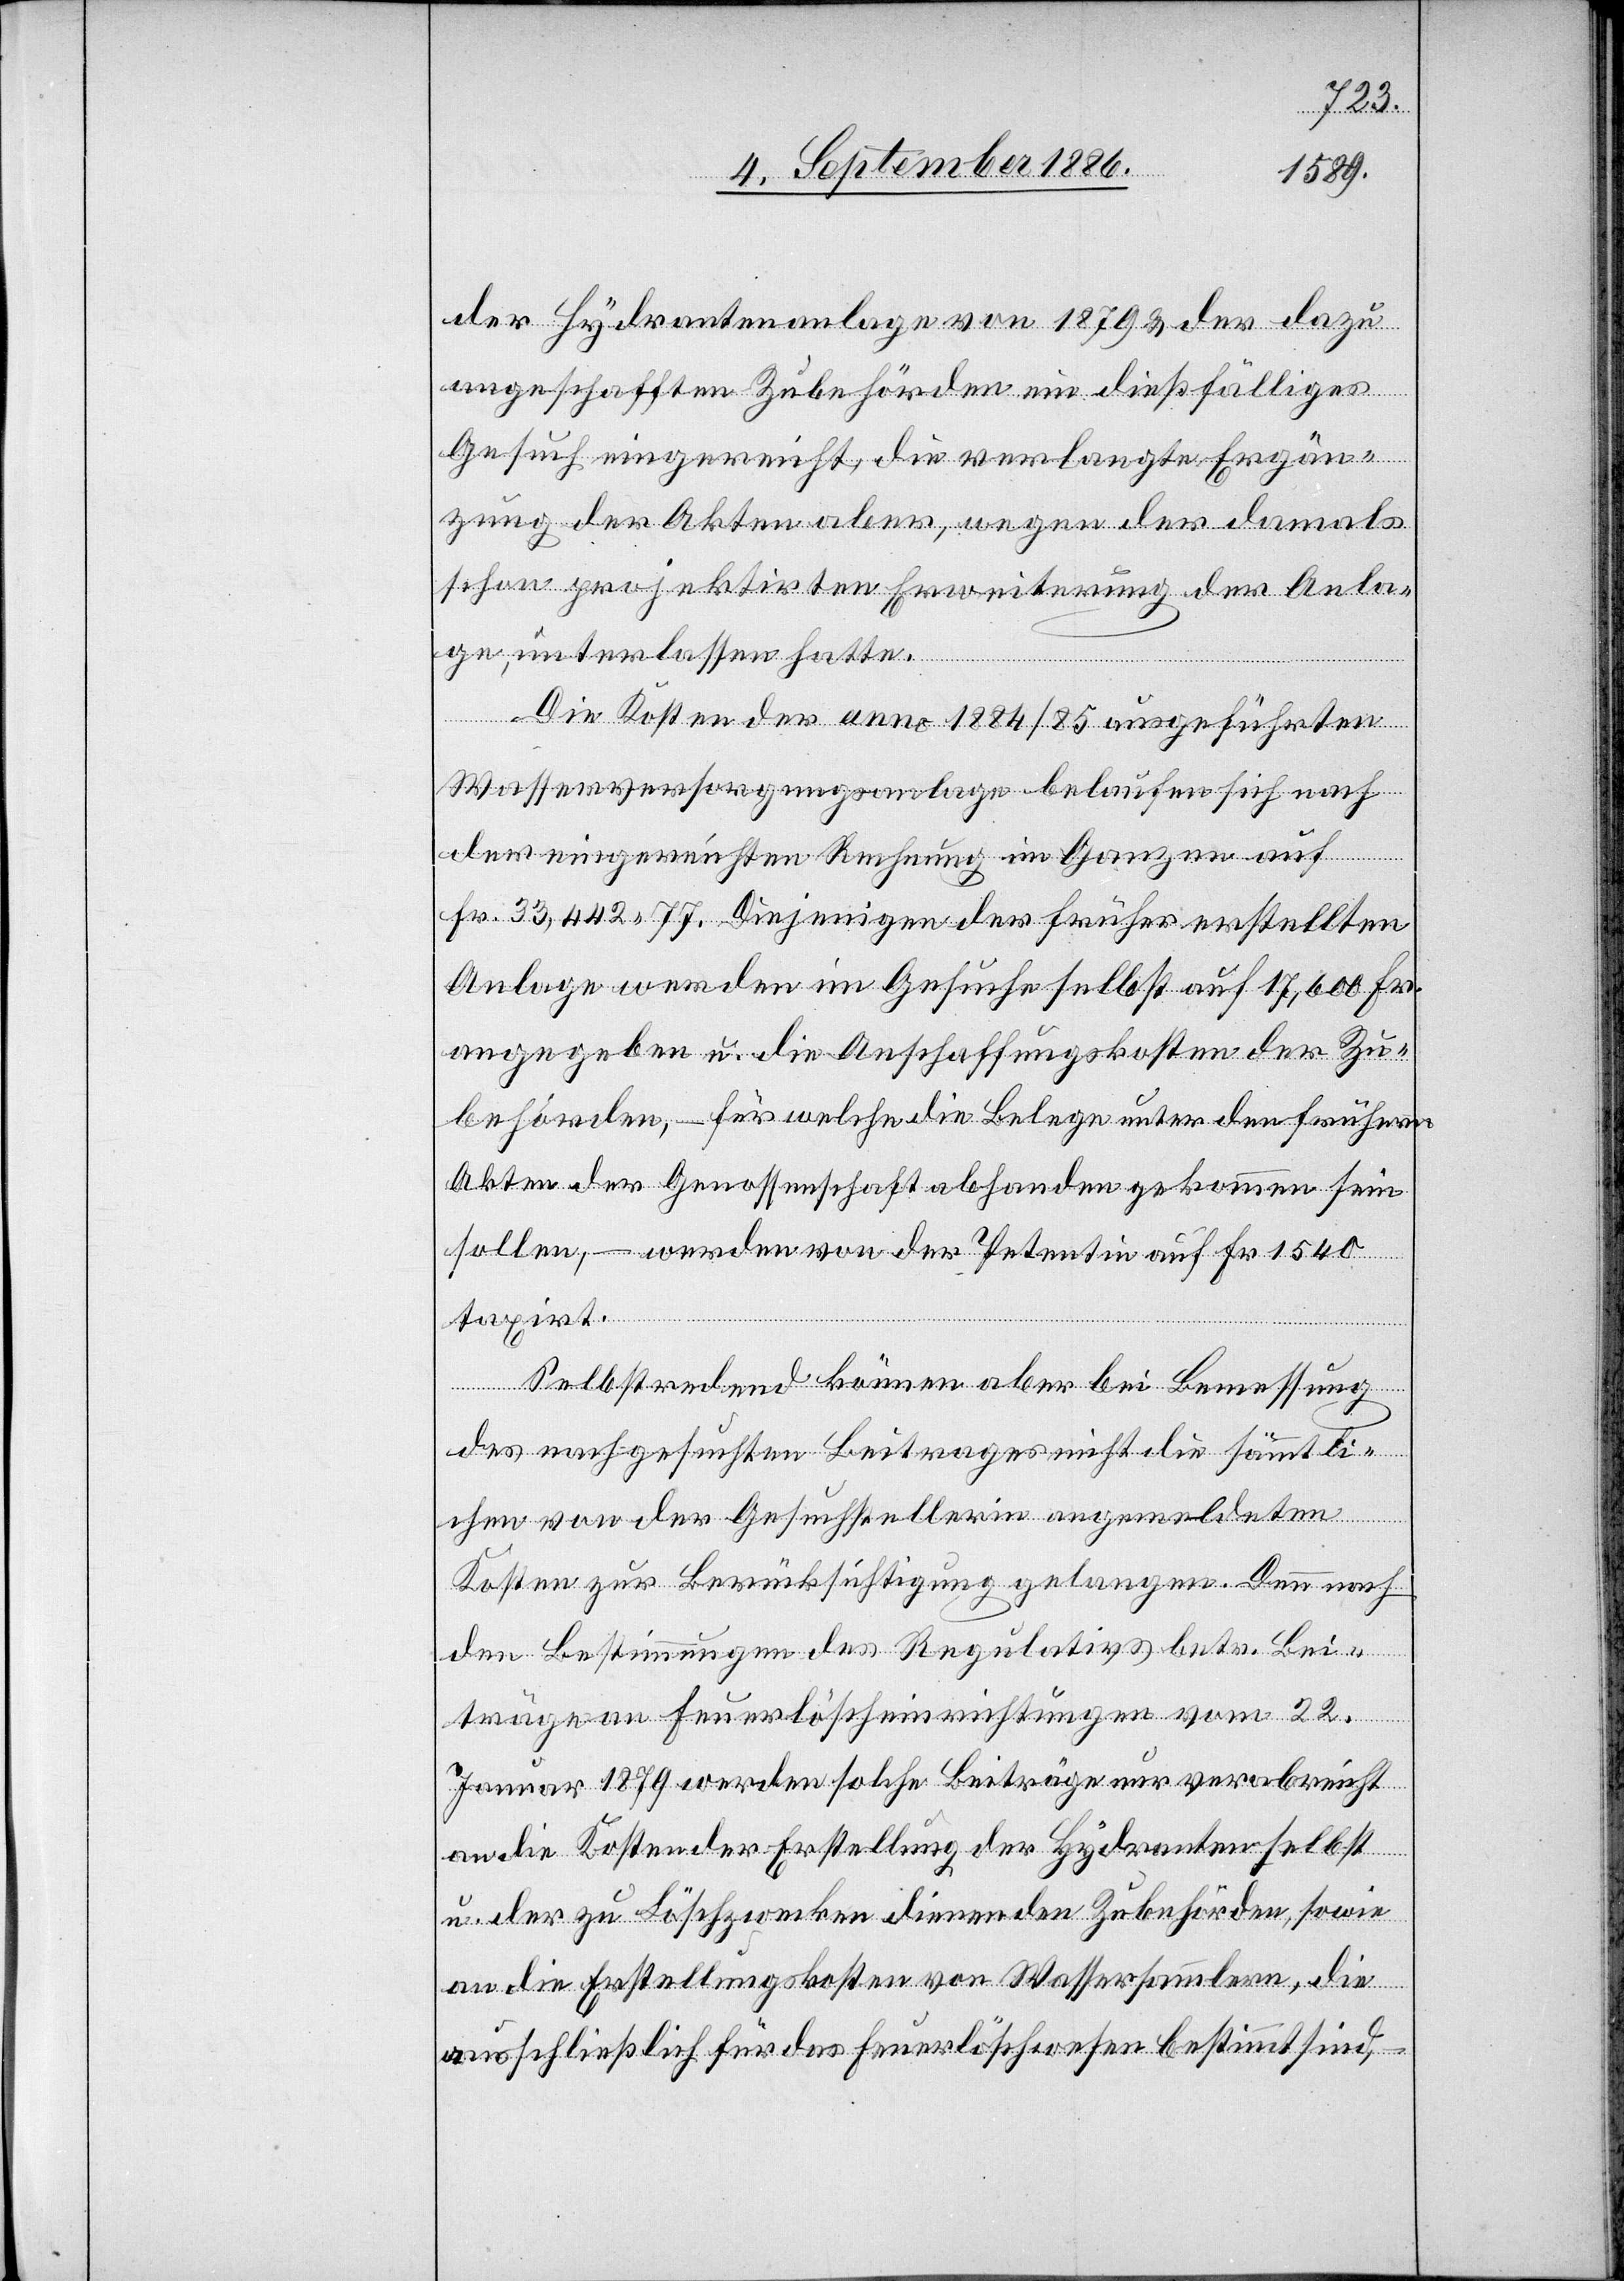
der Hydrantenanlage von 1879 & der dazu
angeschafften Zubehörden ein dießfälliges
Gesuch eingereicht, die verlangte Ergän¬
zung der Akten aber, wegen der damals
schon projektirten Erweiterung der Anla¬
ge, unterlassen hatte.
Die Kosten der anno 1884/85 ausgeführten
Wasserversorgungsanlage belaufen sich nach
der eingereichten Rechnung im Ganzen auf
Fr. 33,442 77. Diejenigen der früher erstellten
Anlage werden im Gesuche selbst auf 17,600 Fr.
angegeben u. die Anschaffungskosten der Zu¬
behörden, – für welche die Belege unter den frühern
Akten der Genossenschaft abhanden gekommen sein
sollen, – werden von der Petentin auf Fr. 1540
taxirt.
Selbstredend können aber bei Bemessung
des nachgesuchten Beitrages nicht die sämmtli¬
chen von der Gesuchstellerin angemeldeten
Kosten zur Berücksichtigung gelangen. Denn nach
den Bestimmungen des Regulativs betr. Bei¬
träge an Feuerlöscheinrichtungen vom 22.
Januar 1879 werden solche Beiträge nur verabreicht
an die Kosten der Erstellung der Hydranten selbst
u. der zu Löschzwecken dienenden Zubehörden, sowie
an die Erstellungskosten von Wassersammlern, die
ausschließlich für das Feuerlöschwesen bestimmt sind,